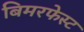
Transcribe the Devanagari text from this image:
बिमरफेस्ट